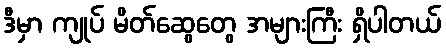
ဒီမှာ ကျုပ် မိတ်ဆွေတွေ အများကြီး ရှိပါတယ်